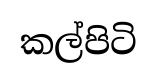
කල්පිටි